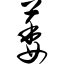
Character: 蒌